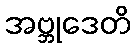
အဗ္ဘုဒေတိ